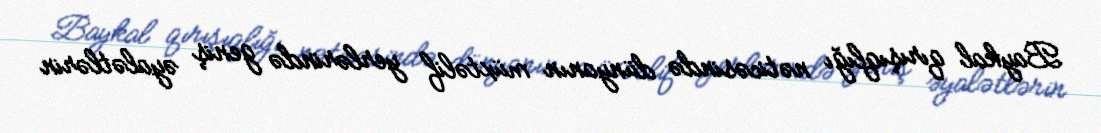
Baykal qırışıqlığı nəticəsində dünyanın müxtəlif yerlərində geniş əyalətlərin